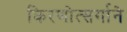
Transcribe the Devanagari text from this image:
किरणोत्सर्गाने